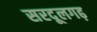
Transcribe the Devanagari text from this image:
सरदूलगढ़